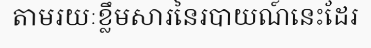
តាមរយៈខ្លឹមសារនៃរបាយណ៍នេះដែរ